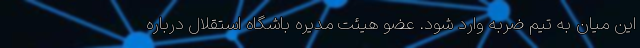
این میان به تیم ضربه وارد شود. عضو هیئت مدیره باشگاه استقلال درباره